Indian journal of veterinary science and animal husbandry - Volumes 18-21, 1948-1951
Year: 1948
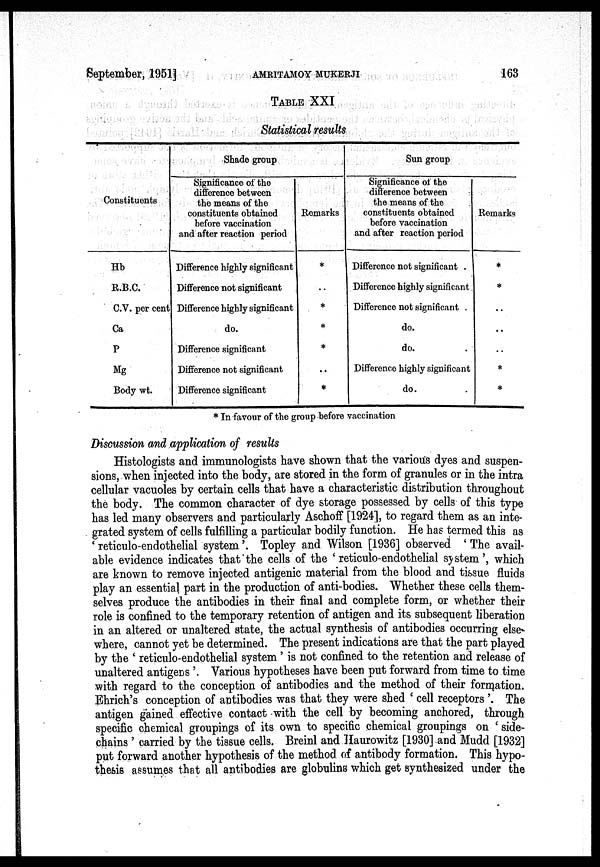
September, 1951]
AMRITAMOY
MUKHERJI
163
TABLE XXI
Statistical results
Constituents
Hb
R.B.C.
C.V. per cent
Ca
P
Mg
Body wt.
Shade group
Significance of the
difference between
the means of the
constituents obtained
before vaccination
and after reaction period
Difference highly significant
Difference not significant
Difference highly significant
do.
Difference significant
Difference not significant
Difference significant
Remarks
*
..
*
*
*
..
*
Sun group
Significance of the
difference between
the means of the
constituents obtained
before vaccination
and after reaction period
Difference not significant .
Difference highly significant
Difference not significant .
do.
do.
Difference highly significant
do.
Remarks
*
*
..
..
..
*
*
* In favour of the group before vaccination
Discussion and application of results
Histologists and immunologists have shown that the various dyes and suspen-
sions, when injected into the body, are stored in the form of granules or in the intra
cellular vacuoles by certain cells that have a characteristic distribution throughout
the body. The common character of dye storage possessed by cells of this type
has led many observers and particularly Aschoff [1924], to regard them as an inte-
grated system of cells fulfilling a particular bodily function. He has termed this as
' reticulo-endothelial system '. Topley and Wilson [1936] observed 'The avail-
able evidence indicates that the cells of the ' reticulo-endothelial system', which
are known to remove injected antigenic material from the blood and tissue fluids
play an essential part in the production of anti-bodies. Whether these cells them-
selves produce the antibodies in their final and complete form, or whether their
role is confined to the temporary retention of antigen and its subsequent liberation
in an altered or unaltered state, the actual synthesis of antibodies occurring else-
where, cannot yet be determined. The present indications are that the part played
by the ' reticulo-endothelial system ' is not confined to the retention and release of
unaltered antigens'. Various hypotheses have been put forward from time to time
with regard to the conception of antibodies and the method of their formation.
Ehrich's conception of antibodies was that they were shed 'cell receptors'. The
antigen gained effective contact with the cell by becoming anchored, through
specific chemical groupings of its own to specific chemical groupings on 'side-
chains' carried by the tissue cells. Breinl and Haurowitz [1930] and Mudd [1932]
put forward another hypothesis of the method of antibody formation. This hypo-
thesis assumes that all antibodies are globulins which get synthesized under the